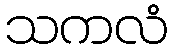
သကလံ